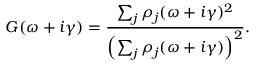
G ( \omega + i \gamma ) = \frac { \sum _ { j } \rho _ { j } ( \omega + i \gamma ) ^ { 2 } } { \left( \sum _ { j } \rho _ { j } ( \omega + i \gamma ) \right) ^ { 2 } } .